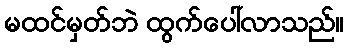
မထင်မှတ်ဘဲ ထွက်ပေါ်လာသည်။